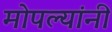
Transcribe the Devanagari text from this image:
मोपल्यांनी